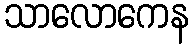
သာလောကေန